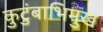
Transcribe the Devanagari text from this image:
कुटुंबाभिमुख